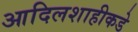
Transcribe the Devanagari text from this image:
आदिलशाहीकडे